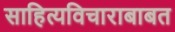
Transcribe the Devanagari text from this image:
साहित्यविचाराबाबत